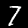
Label: 7